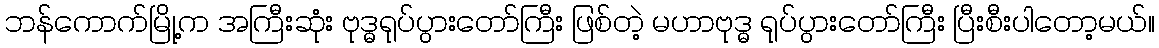
ဘန်ကောက်မြို့က အကြီးဆုံး ဗုဒ္ဓရုပ်ပွားတော်ကြီး ဖြစ်တဲ့ မဟာဗုဒ္ဓ ရုပ်ပွားတော်ကြီး ပြီးစီးပါတော့မယ်။